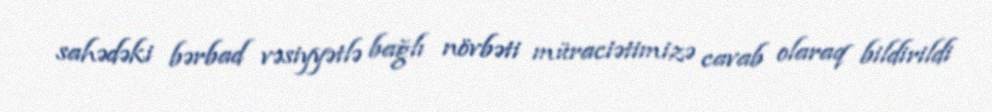
sahədəki bərbad vəsiyyətlə bağlı növbəti müraciətimizə cavab olaraq bildirildi